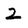
Character: 2